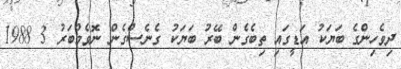
ދިވެހިންގެ ބަޔަކު އަޑީގައި ތިބެގެން ބޭރު ބަޔަކު ގެނެސްގެން ނޮވެމްބަރު 3 1988